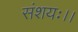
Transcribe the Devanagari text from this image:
संशयः।।